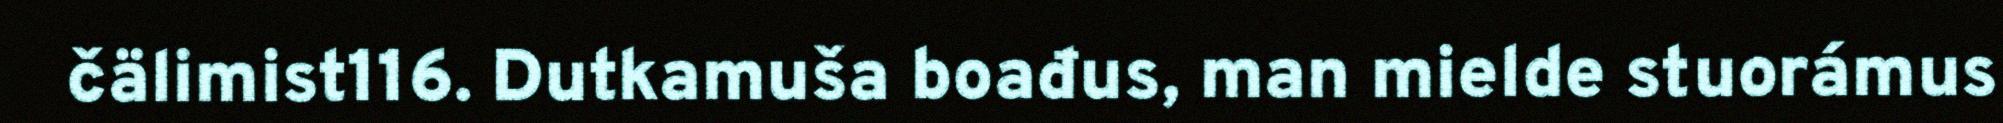
čälimist116. Dutkamuša boađus, man mielde stuorámus